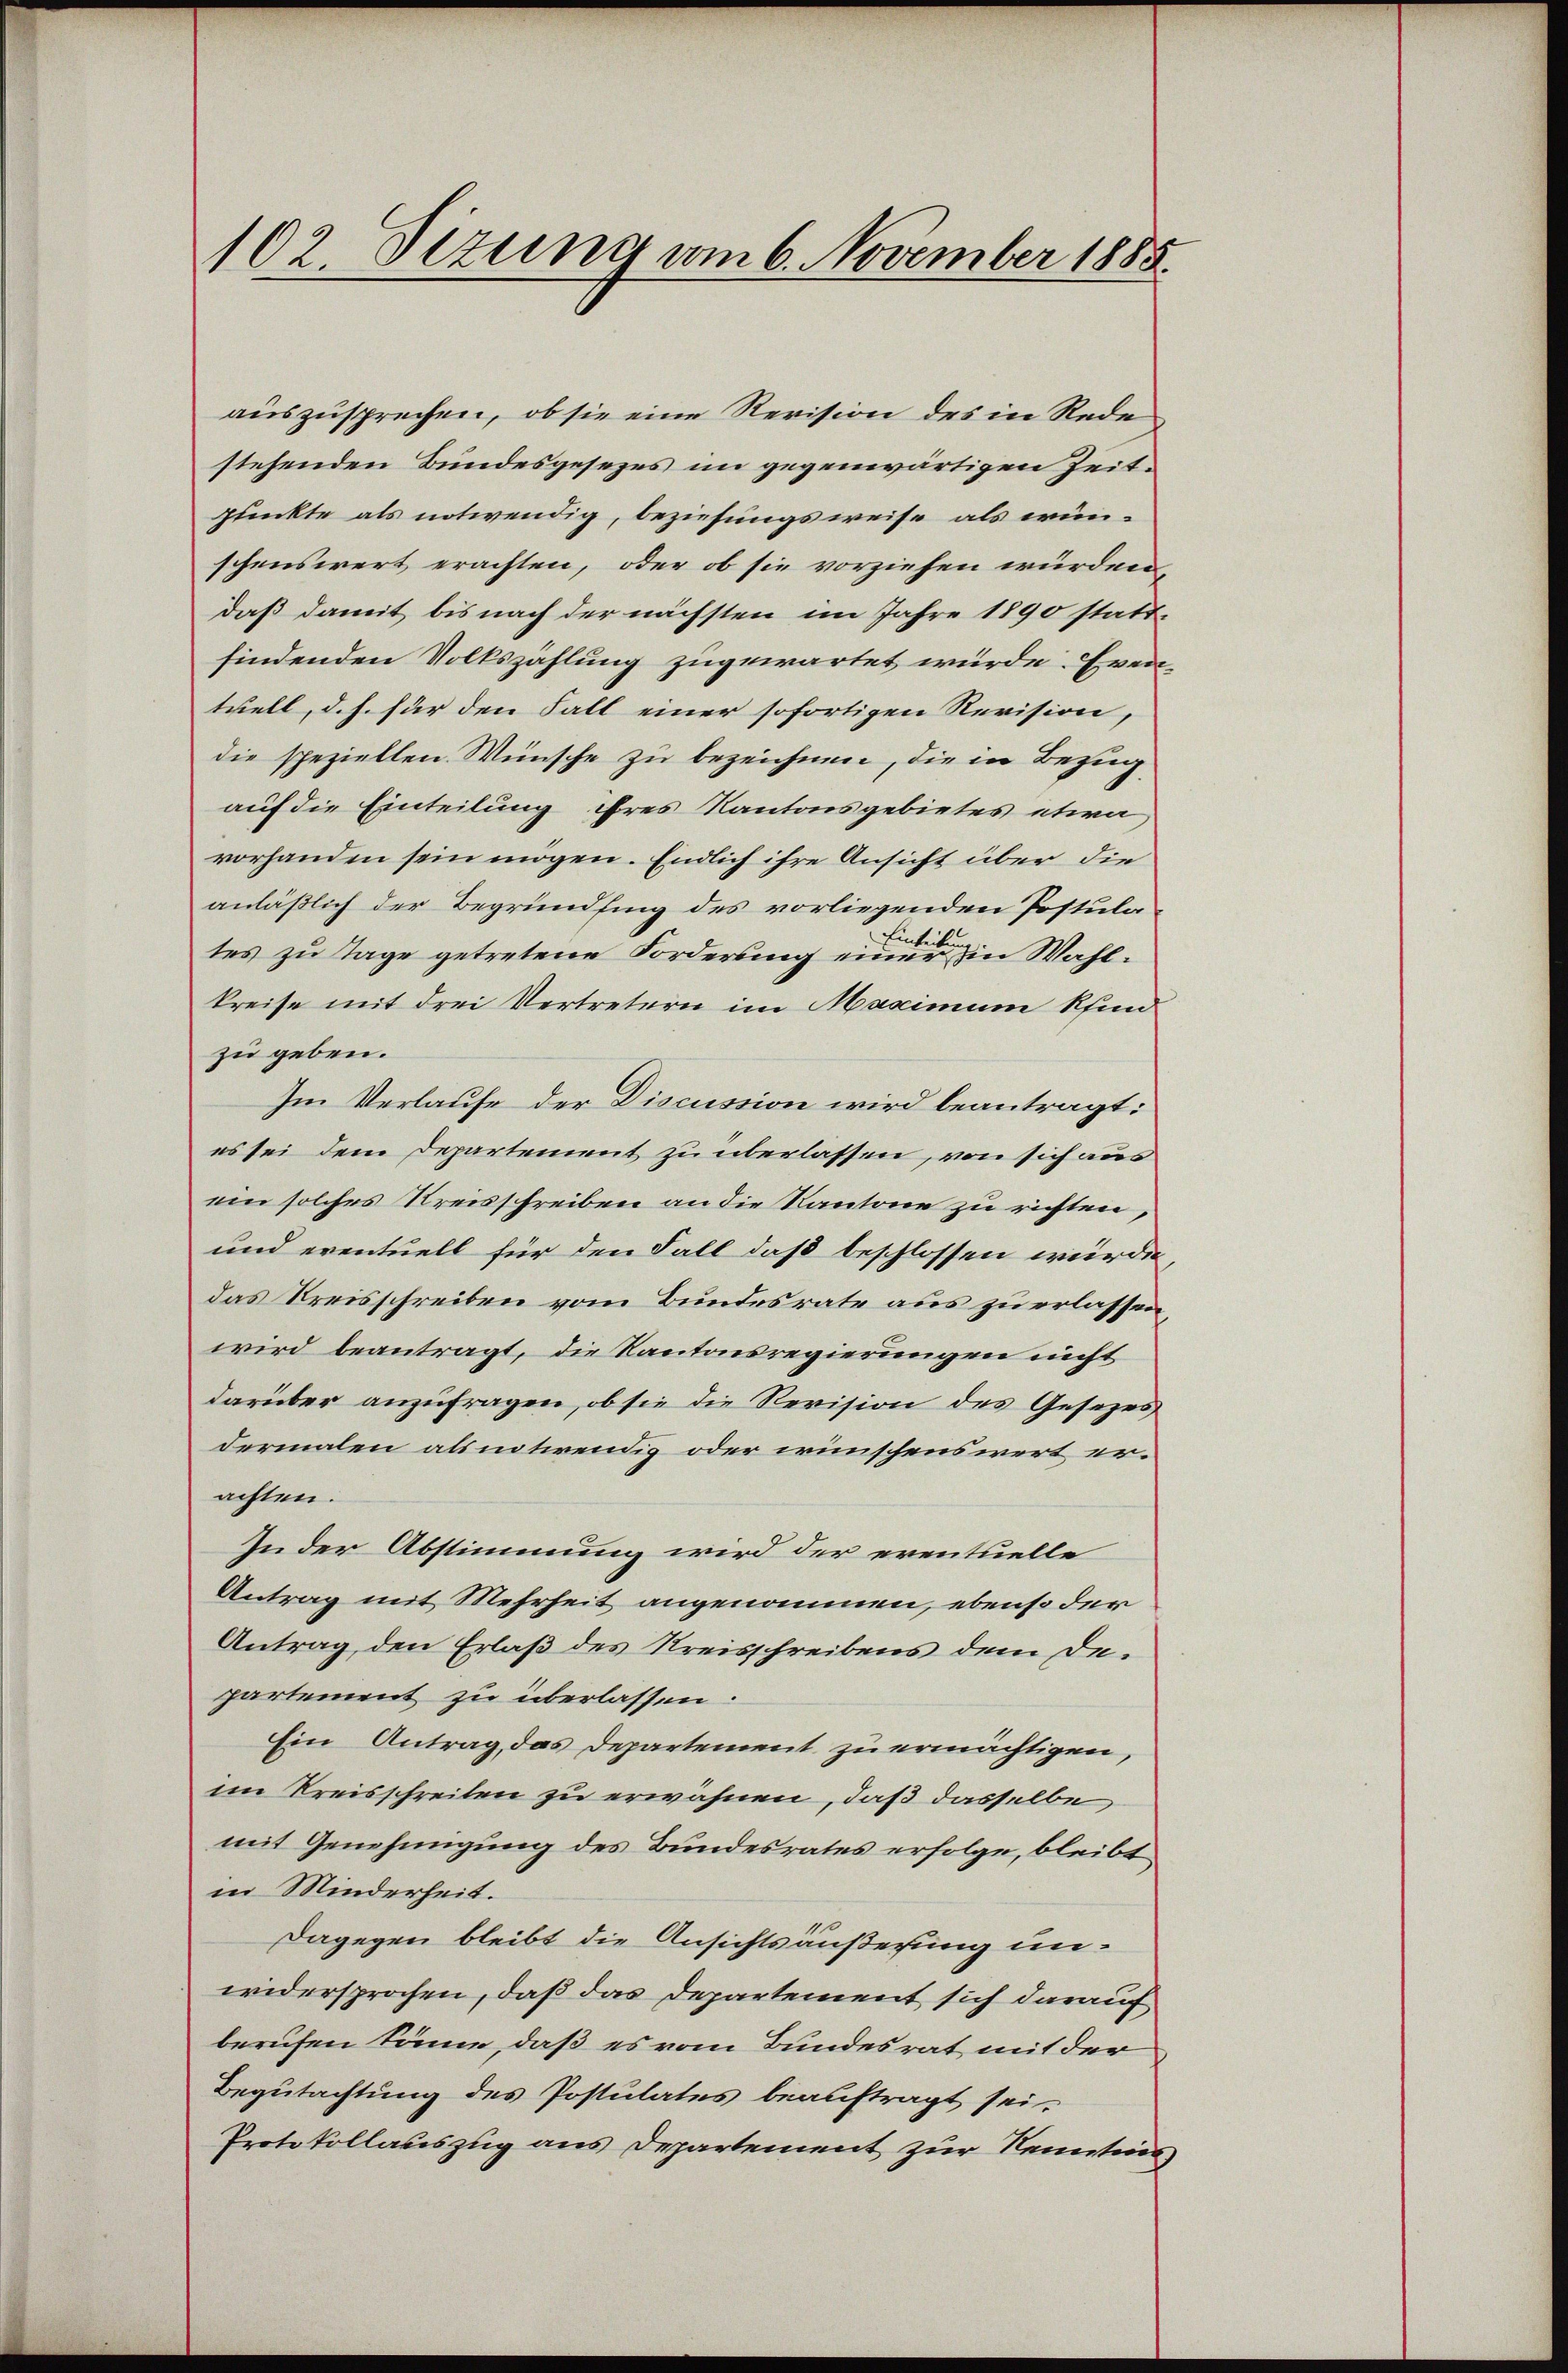
102. Sizung vom 6. November 1885.

auszusprechen, ob sie eine Revision des in Rede
stehenden Bundesgesezes im gegenwärtigen Zeitpunkte als notwendig, beziehungsweise als wünschenswert erachten, oder ob sie vorziehen würden,
daß damit bis nach der nächsten im Jahre 1890 stattfindenden Volkszählung zugewartet würde. Even
tuell, d. h. für den Fall einer sofortigen Revision,
die speziellen Wünsche zu bezeichnen, die in Bezug
auf die Einteilung ihres Kantonsgebietes etwa
vorhanden sein mögen. Endlich ihre Ansicht über die
anläßlich der Begründling des vorliegenden Postula¬
Einheits
tes zu Tage getretene Forderung einer in Wahl¬
Preise mit drei Vertretern im Maximum Pfind
zu geben.
Im Verlaufe der Discussion wird beantragt:
es sei dem Departement zu überlassen, von sich aus
ein solches Kreisschreiben an die Kantone zu richten,
und eventuell für den Fall daß beschlossen würde,
das Kreisschreiben vom Bundesrate aus zu erlassen
wird beantragt, die Kantonsregierungen nicht
darüber anzufragen, ob sie die Revision des Gesezes
dermalen als intirendig oder wünschenswert erachten.
In der Abstimmung wird der eventuelle
Antrag mit Mehrheit angenommen, ebenso der
Antrag, den Erlaß des Kreisschreibens dem De-
partement zu überlassen:
Ein Antrag, das Departement zu ermächtigen,
im Kreisschreiben zu erwähnen, daß dasselbe
mit Genehmigung des Bundesrates erfolge, bleibt
in Minderheit.
Dagegen bleibt die Ansichtsäußerung unwidersprochen, daß das Departement sich darauf
berufen könne, daß es vom Bundesrat mit der
Begutachtung des Postulates beauftragt sei.
Protokollauszug aus Departement zur Kenntnis